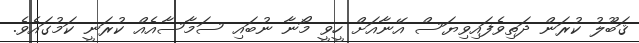
ޤަބޫލު ކުރަން ދަތިވެފައިވިޔަސް އޭނާއަށް ހީވީ މޯނާ ނުބައި ސަމާސާއެއް ކުރަނީ ކަމުގައެވެ.